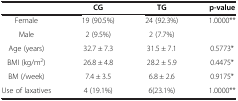
<table><thead><tr><td><b> </b></td><td><b>CG</b></td><td><b>TG</b></td><td><b>p-value</b></td></tr></thead><tbody><tr><td>Female</td><td>19 (90.5%)</td><td>24 (92.3%)</td><td rowspan="2">1.0000**</td></tr><tr><td>Male</td><td>2 (9.5%)</td><td>2 (7.7%)</td></tr><tr><td>Age (years)</td><td>32.7 ± 7.3</td><td>31.5 ± 7.1</td><td>0.5773*</td></tr><tr><td>BMI (kg/m<sup>2</sup>)</td><td>26.8 ± 4.8</td><td>28.2 ± 5.9</td><td>0.4475*</td></tr><tr><td>BM (/week)</td><td>7.4 ± 3.5</td><td>6.8 ± 2.6</td><td>0.9175*</td></tr><tr><td>Use of laxatives</td><td>4 (19.1%)</td><td>6(23.1%)</td><td>1.0000**</td></tr></tbody></table>